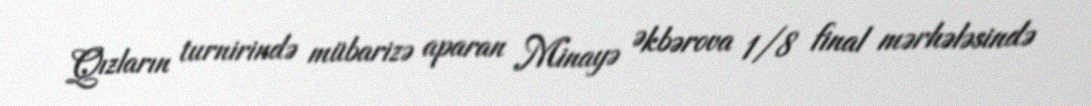
Qızların turnirində mübarizə aparan Minayə Əkbərova 1/8 final mərhələsində